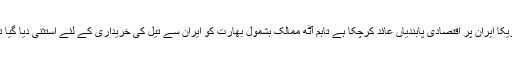
امریکا ایران پر اقتصادی پابندیاں عائد کرچکا ہے تاہم آٹھ ممالک بشمول بھارت کو ایران سے تیل کی خریداری کے لئے استثنیٰ دیا گیا تھا۔